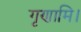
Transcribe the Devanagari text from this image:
गृणामि।